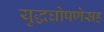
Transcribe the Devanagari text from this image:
युद्धघोषणेसह